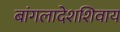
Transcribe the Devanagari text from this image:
बांगलादेशशिवाय